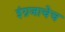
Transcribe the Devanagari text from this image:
इंग्रजाचेच